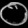
Digit: ၀